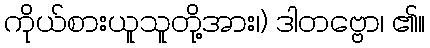
ကိုယ်စားယူသူတို့အား၊) ဒါတဗ္ဗော၊ ၏။